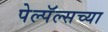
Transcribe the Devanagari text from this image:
पेल्पॅल्सच्या